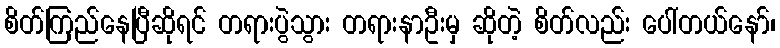
စိတ်ကြည်နေပြီဆိုရင် တရားပွဲသွား တရားနာဦးမှ ဆိုတဲ့ စိတ်လည်း ပေါ်တယ်နော်၊